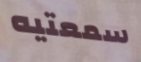
سمعتيه